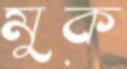
মুক